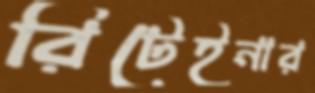
রিটেইনার